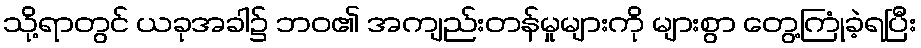
သို့ရာတွင် ယခုအခါ၌ ဘဝ၏ အကျည်းတန်မှုများကို များစွာ တွေ့ကြုံခဲ့ရပြီး